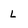
Character: L